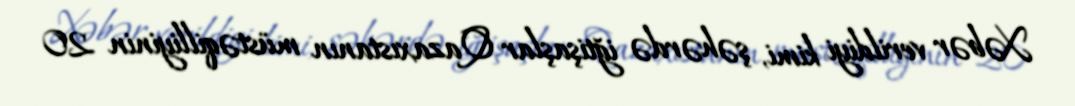
Xəbər verildiyi kimi, şəhərdə iğtişaşlar Qazaxıstanın müstəqilliyinin 20